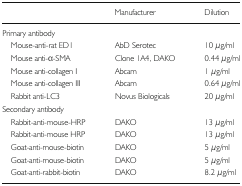
<table><thead><tr><td></td><td><b>Manufacturer</b></td><td><b>Dilution</b></td></tr></thead><tbody><tr><td colspan="3">Primary antibody</td></tr><tr><td> Mouse-anti-rat ED1</td><td>AbD Serotec</td><td>10 μg/ml</td></tr><tr><td> Mouse anti-α-SMA</td><td>Clone 1A4, DAKO</td><td>0.44 μg/ml</td></tr><tr><td> Mouse anti-collagen I</td><td>Abcam</td><td>1 μg/ml</td></tr><tr><td> Mouse anti-collagen III</td><td>Abcam</td><td>0.64 μg/ml</td></tr><tr><td> Rabbit anti-LC3</td><td>Novus Biologicals</td><td>20 μg/ml</td></tr><tr><td colspan="3">Secondary antibody</td></tr><tr><td> Rabbit-anti-mouse-HRP</td><td>DAKO</td><td>13 μg/ml</td></tr><tr><td> Rabbit-anti-mouse HRP</td><td>DAKO</td><td>13 μg/ml</td></tr><tr><td> Goat-anti-mouse-biotin</td><td>DAKO</td><td>5 μg/ml</td></tr><tr><td> Goat-anti-mouse-biotin</td><td>DAKO</td><td>5 μg/ml</td></tr><tr><td> Goat-anti-rabbit-biotin</td><td>DAKO</td><td>8.2 μg/ml</td></tr></tbody></table>